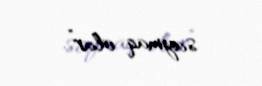
saymaq olar”.